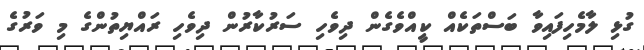
ގުޅި ލާމެހިފައިވާ ބަސްތަކެއް ކީއްވެގެން ދިވެހި ސަރުކާރުން ދިވެހި ރައްޔިތުންގެ މި ވަރުގެ